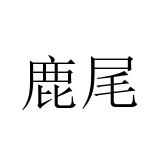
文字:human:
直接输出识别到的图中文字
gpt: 鹿尾